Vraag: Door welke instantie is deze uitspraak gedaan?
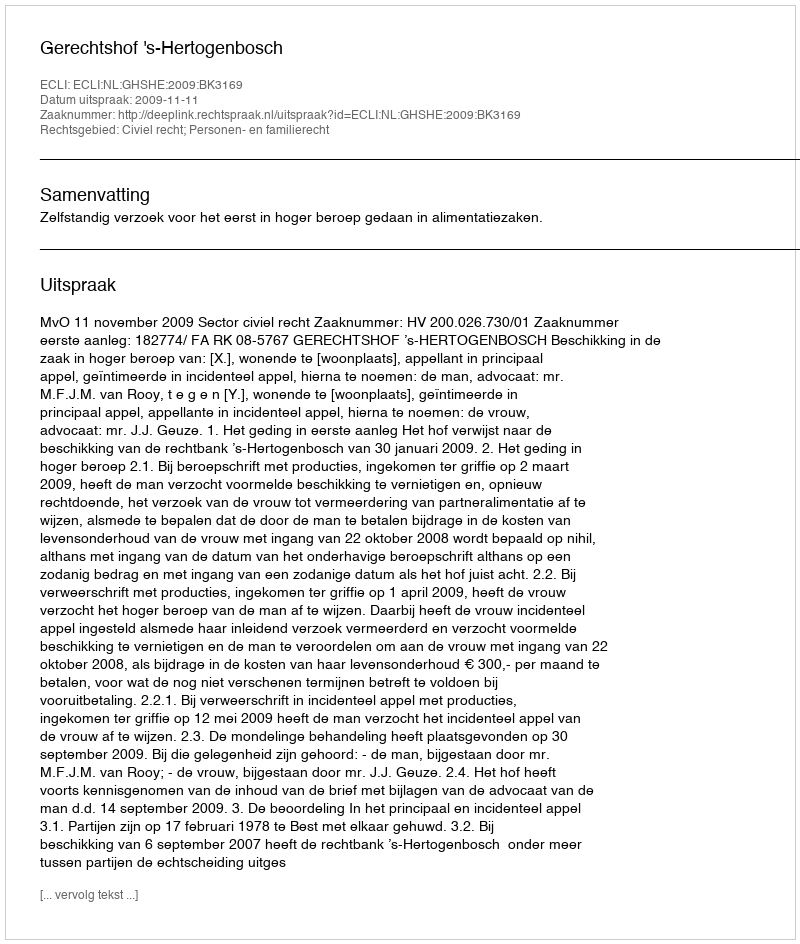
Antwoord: Gerechtshof 's-Hertogenbosch